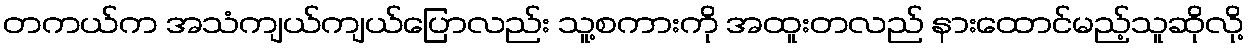
တကယ်က အသံကျယ်ကျယ်ပြောလည်း သူ့စကားကို အထူးတလည် နားထောင်မည့်သူဆိုလို့